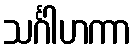
သင်္ဂါဟကာ